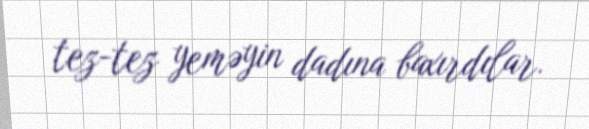
tez-tez yeməyin dadına baxırdılar.